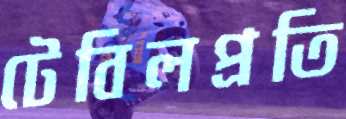
টেবিলপ্রতি